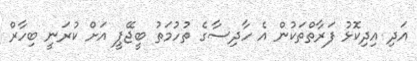
އަދި އިދިކޮޅު ފަރާތްތަކުން އެ ހާދިސާގެ ތުހުމަތު ބީޖޭޕީ އަށް ކުރަނީ ބިހާރް